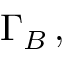
\Gamma _ { B } \, ,